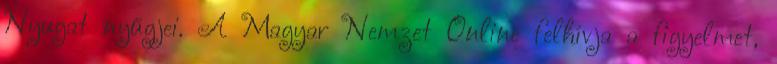
Nyugat nyűgjei. A Magyar Nemzet Online felhívja a figyelmet,